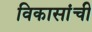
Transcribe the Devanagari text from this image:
विकासांची